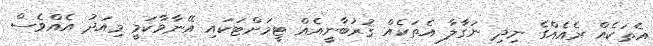
އެތަކެއް ރެއެއްގެ ނިދި ނަގާލާ އެތަކެއް ޤުރުބާނީއެއް ޓީމަށްޓަކައި އޭނާވާކަމީ މިއަދު އެއްވެސް